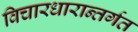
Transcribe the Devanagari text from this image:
विचारधारान्तर्गत